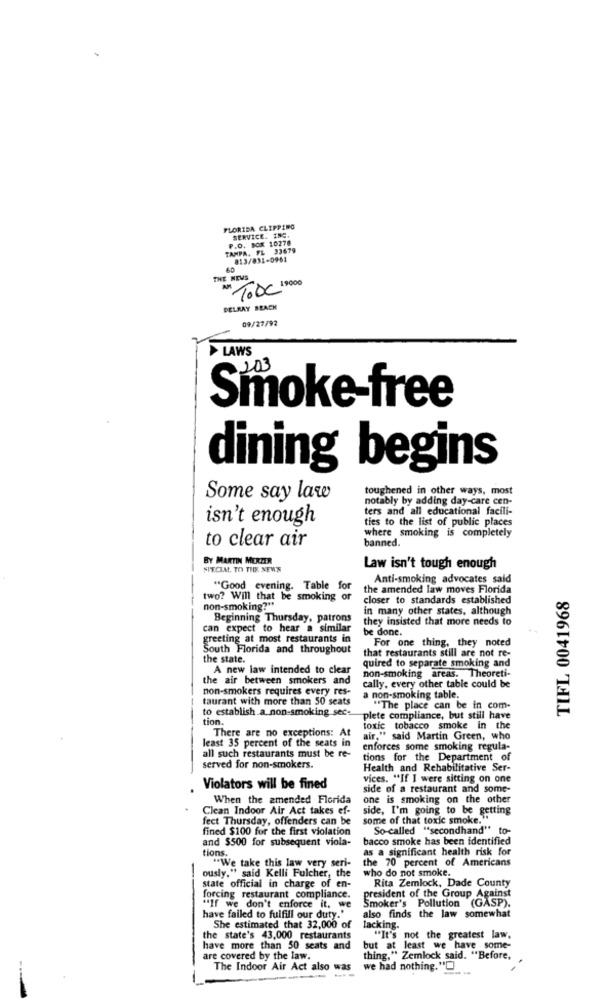
FLORIDA CLIPPING
SERVICE. ING.
P.O. BOX 10278
TAMPA, FL 33679
813/831-0961
THE NEWS
Nº 1000 1,9000
DELRAY BEACH
09/27/92
LAWS
Smoke-free
dining begins
toughened in other ways, most
Some say law
notably by adding day-care cen-
ters and all educational facili-
isn't enough
ties to the list of public places
where smoking is completely
to clear air
banned.
BY MARTIN MERZER
SPECIAL. TO THE NEWS
Law isn't tough enough
Anti-smoking advocates said
"Good evening. Table for
the amended law moves Florida
TIFL 0041968
two? Will that be smoking or
closer to standards established
non-smoking?"
in many other states, although
Beginning Thursday, patrons
they insisted that more needs to
can expect to hear a similar
be done.
greeting at most restaurants in
For one thing, they noted
South Florida and throughout
that restaurants still are not re-
the state.
quired to separate smoking and
A new law intended to clear
non-smoking areas. Theoreti-
the air between smokers and
non-smokers requires every res-
cally, every other table could be
taurant with more than 50 seats
a non-smoking table.
to establish a non-smoking_secs
"The place can be in com-
tion.
plete compliance, but still have
There are no exceptions: At
toxic tobacco smoke in the
least 35 percent of the seats in
air," said Martin Green, who
all such restaurants must be re-
enforces some smoking regula-
tions for the Department of
served for non-smokers.
Health and Rehabilitative Ser-
vices. "If I were sitting on one
Violators will be fined
side of a restaurant and some-
When the amended Florida
one is smoking on the other
Clean Indoor Air Act takes ef-
side, I'm going to be getting
fect Thursday, offenders can be
some of that toxic smoke.
fined $100 for the first violation
So-called "secondhand" to-
and $500 for subsequent viola-
bacco smoke has been identified
as a significant health risk for
tions.
"We take this law very seri-
the 70 percent of Americans
who do not smoke.
ously." said Kelli Fulcher, the
Rita Zemlock, Dade County
state official in charge of en-
forcing restaurant compliance.
president of the Group Against
Smoker's Pollution (GASP).
"If we don't enforce it, we
have failed to fulfill our duty."
also finds the law somewhat
She estimated that 32,000 of
lacking.
the state's 43,000 restaurants
"It's not the greatest law.
have more than 50 seats and
but at least we have some-
are covered by the law.
thing," Zemlock said. "Before, ,
The Indoor Air Act also was
we had nothing."[]